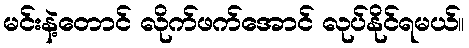
မင်းနဲ့တောင် လိုက်ဖက်အောင် လုပ်နိုင်ရမယ်။